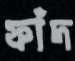
ফাঁদ